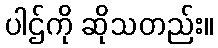
ပါဌ်ကို ဆိုသတည်း။